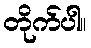
တိုက်ပါ။